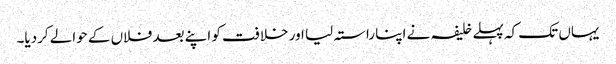
یہاں تک کہ پہلے خلیفہ نے اپنا راستہ لیا اور خلافت کو اپنے بعد فلاں کے حوالے کردیا۔